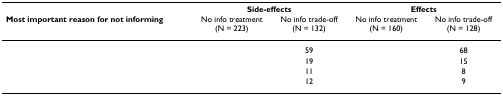
<table><thead><tr><td>[EMPTY_CELL]</td><td colspan="2"><b>Side-effects</b></td><td colspan="2"><b>Effects</b></td></tr><tr><td><b>Most important reason for not informing</b></td><td><b>No info treatment(N = 223)</b></td><td><b>No info trade-off(N = 132)</b></td><td><b>No info treatment(N = 160)</b></td><td><b>No info trade-off(N = 128)</b></td></tr></thead><tbody><tr><td>[EMPTY_CELL]</td><td>[EMPTY_CELL]</td><td>59</td><td>[EMPTY_CELL]</td><td>68</td></tr><tr><td>[EMPTY_CELL]</td><td>[EMPTY_CELL]</td><td>19</td><td>[EMPTY_CELL]</td><td>15</td></tr><tr><td>[EMPTY_CELL]</td><td>[EMPTY_CELL]</td><td>11</td><td>[EMPTY_CELL]</td><td>8</td></tr><tr><td>[EMPTY_CELL]</td><td>[EMPTY_CELL]</td><td>12</td><td>[EMPTY_CELL]</td><td>9</td></tr></tbody></table>